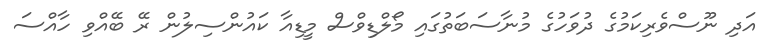
އަދި ނޫސްވެރިކަމުގެ ދުވަހުގެ މުނާސަބަތުގައި މޯލްޑިވްސް މީޑިއާ ކައުންސިލުން ރޭ ބޭއްވި ހާއްސަ